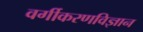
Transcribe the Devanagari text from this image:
वर्गीकरणविज्ञान